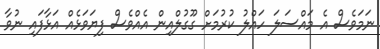
ނަމަވެސް އެ މައްސަލަ ހައްލު ކުރުމަށް ގޫގުލްއިން އެއްވެސް ފިޔަވަޅެއް އަޅާފައި ނުވާ